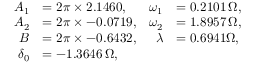
\begin{array} { r l r l } { A _ { 1 } } & { = 2 \pi \times 2 . 1 4 6 0 , } & { \omega _ { 1 } } & { = 0 . 2 1 0 1 \, \Omega , } \\ { A _ { 2 } } & { = 2 \pi \times - 0 . 0 7 1 9 , } & { \omega _ { 2 } } & { = 1 . 8 9 5 7 \, \Omega , } \\ { B } & { = 2 \pi \times - 0 . 6 4 3 2 , } & { \lambda } & { = 0 . 6 9 4 1 \Omega , } \\ { \delta _ { 0 } } & { = - 1 . 3 6 4 6 \, \Omega , } \end{array}